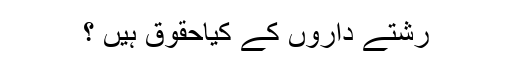
رشتے داروں کے کیاحقوق ہیں ؟